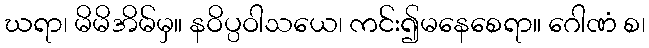
ဃရာ၊ မိမိအိမ်မှ။ နဝိပ္ပဝါသယေ၊ ကင်း၍မနေစေရာ။ ဂေါဏံ စ၊